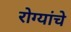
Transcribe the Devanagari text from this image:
रोग्यांचे